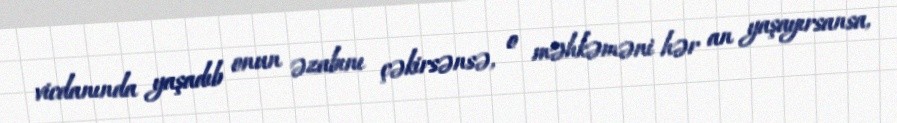
vicdanında yaşadıb onun əzabını çəkirsənsə, o məhkəməni hər an yaşayırsansa,